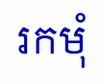
រកមុំ